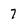
Character: 7